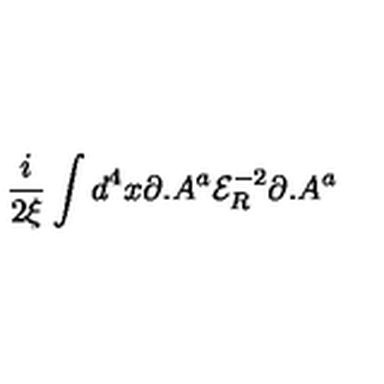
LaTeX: \frac { i } { 2 \xi } \int d ^ { 4 } x \partial . A ^ { a } { \mathcal { E } } _ { R } ^ { - 2 } \partial . A ^ { a }